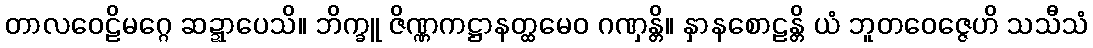
တာလဝေဠိမဂ္ဂေ ဆဍ္ဍာပေသိ။ ဘိက္ခူ ဇိဏ္ဏကဋ္ဌာနတ္ထမေဝ ဂဏှန္တိ။ နှာနစောဠန္တိ ယံ ဘူတဝေဇ္ဇေဟိ သသီသံ